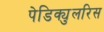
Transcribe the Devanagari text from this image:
पेडिक्युलरिस